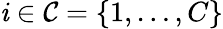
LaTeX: \mathit{i}\in\mathcal{{C}}=\{ 1,\dots,C\}